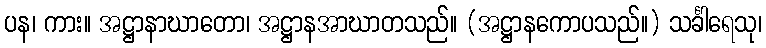
ပန၊ ကား။ အဋ္ဌာနာဃာတော၊ အဋ္ဌာနအာဃာတသည်။ (အဋ္ဌာနကောပသည်။) သင်္ခါရေသု၊